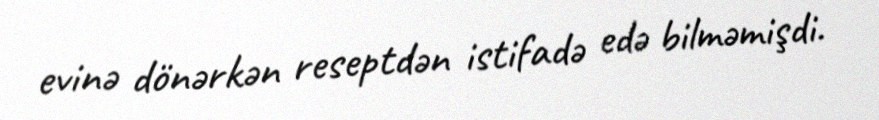
evinə dönərkən reseptdən istifadə edə bilməmişdi.